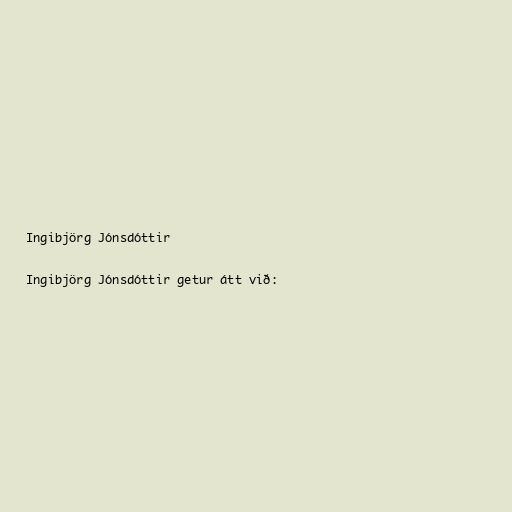
Ingibjörg Jónsdóttir

Ingibjörg Jónsdóttir getur átt við: